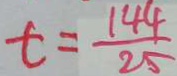
t = \frac { 1 4 4 } { 2 5 }